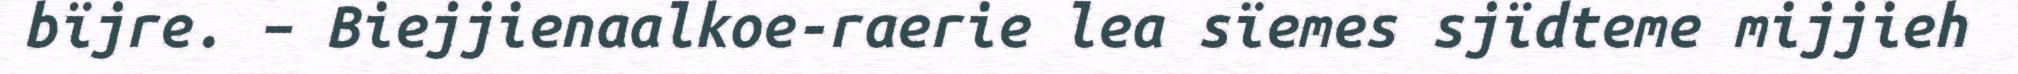
bïjre. – Biejjienaalkoe-raerie lea sïemes sjïdteme mijjieh